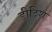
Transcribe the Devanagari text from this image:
डीट्रिश